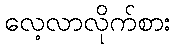
လေ့လာလိုက်စား